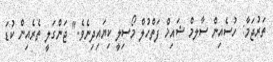
ތަރުޖަމާ: ހުސެއިން ސާލމް ޝައިޚް ފަތްހުލް މޯސިލީ ކިޔައިދިނެވެ." ޖަންގަލީ ތެރެއިން ކުޑަ